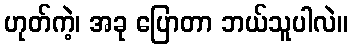
ဟုတ်ကဲ့၊ အခု ပြောတာ ဘယ်သူပါလဲ။